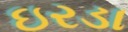
ઇરડા